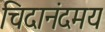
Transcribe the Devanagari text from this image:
चिदानंदमय